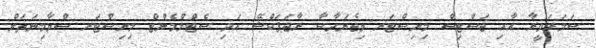
ސަމަރަވީރާ އާއި ޖަސްޓިސް މިނިސްޓަރ ވިޖެޔަދާސާ ރާޖަޕަކްޝޭ އަދި ސެޓްލްމެންޓް މިނިސްޓަރ ސްވާމިނަތަން